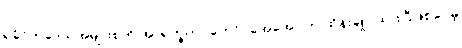
ရခိုင်ကဒေသအများစုကို အာရက္ခတပ်တော် (အေအေ) က ထိန်းချုပ်ထားပြီဖြစ်ပေမဲ့